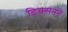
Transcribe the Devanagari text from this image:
डिक्सनने